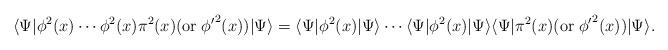
LaTeX: \begin{align*}\langle \Psi | \phi^{2} (x) \cdots \phi^{2} (x) \pi^{2} (x) ( {\rm or}\;{\phi^{\prime}}^{2} (x))| \Psi \rangle =\langle \Psi | \phi^{2} (x)| \Psi \rangle \cdots \langle \Psi | \phi^{2} (x) | \Psi \rangle \langle \Psi |\pi^{2} (x) ( {\rm or}\; { \phi^{\prime}}^{2} (x) )| \Psi\rangle.\end{align*}